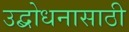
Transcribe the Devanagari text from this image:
उद्बोधनासाठी